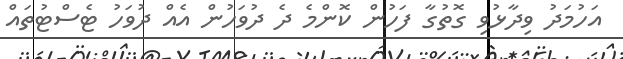
އަހުމަދު ވިދާޅުވި ގޮތުގާ ފަހުން ކޮންމެ ދެ ދުވަހުން އެއް ދުވަހު ޓެސްޓުތައް